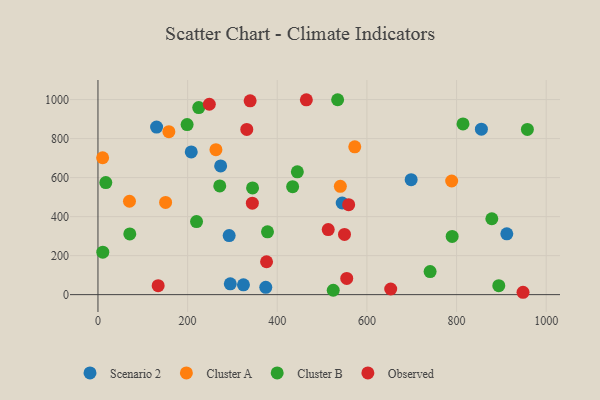
{"axis": {"x": "Price", "y": "Demand"}, "legend": ["Cluster A", "Cluster B", "Observed", "Scenario 2"], "data": [{"x": "544.9", "y": 469.7, "type": "Scenario 2"}, {"x": "292.7", "y": 302.6, "type": "Scenario 2"}, {"x": "130.8", "y": 858.8, "type": "Scenario 2"}, {"x": "912.1", "y": 311.9, "type": "Scenario 2"}, {"x": "698.7", "y": 589.4, "type": "Scenario 2"}, {"x": "324.6", "y": 50.1, "type": "Scenario 2"}, {"x": "208.1", "y": 731.7, "type": "Scenario 2"}, {"x": "374.4", "y": 37.7, "type": "Scenario 2"}, {"x": "855.4", "y": 848.2, "type": "Scenario 2"}, {"x": "273.7", "y": 660.0, "type": "Scenario 2"}, {"x": "295.2", "y": 55.6, "type": "Scenario 2"}, {"x": "70.3", "y": 478.7, "type": "Cluster A"}, {"x": "540.7", "y": 555.3, "type": "Cluster A"}, {"x": "263.2", "y": 743.3, "type": "Cluster A"}, {"x": "789.1", "y": 582.6, "type": "Cluster A"}, {"x": "158.2", "y": 835.4, "type": "Cluster A"}, {"x": "572.9", "y": 757.9, "type": "Cluster A"}, {"x": "10.4", "y": 701.8, "type": "Cluster A"}, {"x": "150.9", "y": 472.7, "type": "Cluster A"}, {"x": "741.0", "y": 118.1, "type": "Cluster B"}, {"x": "224.8", "y": 959.1, "type": "Cluster B"}, {"x": "958.0", "y": 847.0, "type": "Cluster B"}, {"x": "198.9", "y": 871.7, "type": "Cluster B"}, {"x": "790.2", "y": 298.5, "type": "Cluster B"}, {"x": "434.3", "y": 553.7, "type": "Cluster B"}, {"x": "814.4", "y": 875.0, "type": "Cluster B"}, {"x": "894.2", "y": 46.1, "type": "Cluster B"}, {"x": "17.5", "y": 574.5, "type": "Cluster B"}, {"x": "444.8", "y": 629.4, "type": "Cluster B"}, {"x": "524.9", "y": 22.4, "type": "Cluster B"}, {"x": "219.9", "y": 374.3, "type": "Cluster B"}, {"x": "71.0", "y": 311.4, "type": "Cluster B"}, {"x": "344.9", "y": 547.3, "type": "Cluster B"}, {"x": "534.7", "y": 999.2, "type": "Cluster B"}, {"x": "878.7", "y": 388.9, "type": "Cluster B"}, {"x": "10.8", "y": 217.8, "type": "Cluster B"}, {"x": "378.2", "y": 321.9, "type": "Cluster B"}, {"x": "271.7", "y": 557.1, "type": "Cluster B"}, {"x": "248.4", "y": 976.0, "type": "Observed"}, {"x": "513.7", "y": 333.7, "type": "Observed"}, {"x": "332.0", "y": 846.9, "type": "Observed"}, {"x": "550.0", "y": 308.7, "type": "Observed"}, {"x": "948.3", "y": 12.1, "type": "Observed"}, {"x": "344.4", "y": 469.0, "type": "Observed"}, {"x": "134.3", "y": 46.0, "type": "Observed"}, {"x": "653.1", "y": 29.0, "type": "Observed"}, {"x": "555.0", "y": 83.2, "type": "Observed"}, {"x": "376.1", "y": 168.7, "type": "Observed"}, {"x": "559.3", "y": 461.1, "type": "Observed"}, {"x": "339.5", "y": 993.4, "type": "Observed"}, {"x": "464.9", "y": 998.8, "type": "Observed"}]}